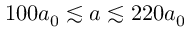
1 0 0 a _ { 0 } \lesssim a \lesssim 2 2 0 a _ { 0 }